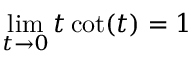
\operatorname* { l i m } _ { t \to 0 } t \cot ( t ) = 1